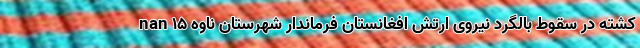
nan ۱۵ کشته در سقوط بالگرد نیروی ارتش افغانستان فرماندار شهرستان ناوه